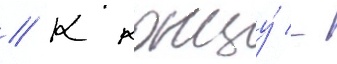
// К концу́ -